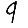
Digit: 9